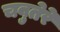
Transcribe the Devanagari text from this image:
चबुतेरे